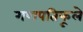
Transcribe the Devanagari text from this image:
गणपतिफूले